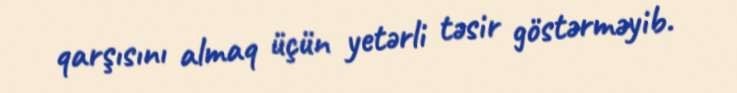
qarşısını almaq üçün yetərli təsir göstərməyib.